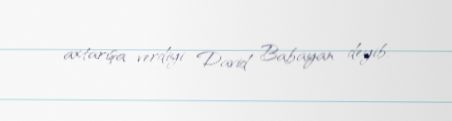
axtarışa verdiyi David Babayan deyib.